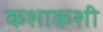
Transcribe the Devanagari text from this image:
कशाकशी